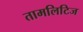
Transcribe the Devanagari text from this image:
तामलिटिज